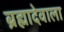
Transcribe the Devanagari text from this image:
ब्रह्मादेवाला